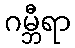
ဂမ္ဘီရာ